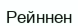
Рейннен